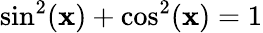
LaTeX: \sin^{2}(\mathbf{x})+\cos^{2}(\mathbf{x})=1